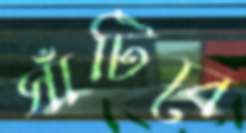
সাঁটিবে